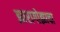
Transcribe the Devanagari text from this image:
झारागोझाचा